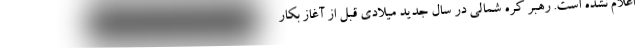
اعلام نشده است. رهبر کره شمالی در سال جدید میلادی قبل از آغاز بکار